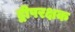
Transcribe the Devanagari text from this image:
द्वीपरक्षक